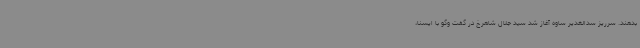
بدهند. سرریز سدالغدیر ساوه آغاز شد سید جلال شاهرخ در گفت وگو با ایسنا،